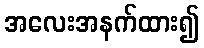
အလေးအနက်ထား၍